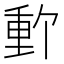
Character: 𬪽